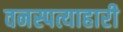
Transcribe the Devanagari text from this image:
वनस्पत्याहारी